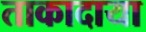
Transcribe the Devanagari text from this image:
ताकादाया